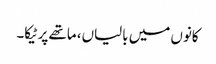
کانوں میں بالیاں، ماتھے پر ٹیکا۔